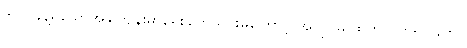
၆ လခန့်ရှိသောအခါကျန်းမာရေးချွတ်ယွင်းမှုကြောင့် အလုပ်မှ ထွက်လိုက်ရပြန်ကာ